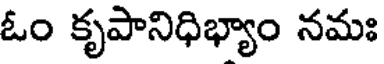
ఓం కృపానిధిభ్యాం నమః